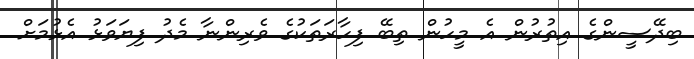
ބިދޭސީންގެ އިތުރުން އެ މީހުން ތިބޭ ފިހާރަތަކުގެ ވެރިންނާ މެދު ފިޔަވަޅު އެޅުމަށް